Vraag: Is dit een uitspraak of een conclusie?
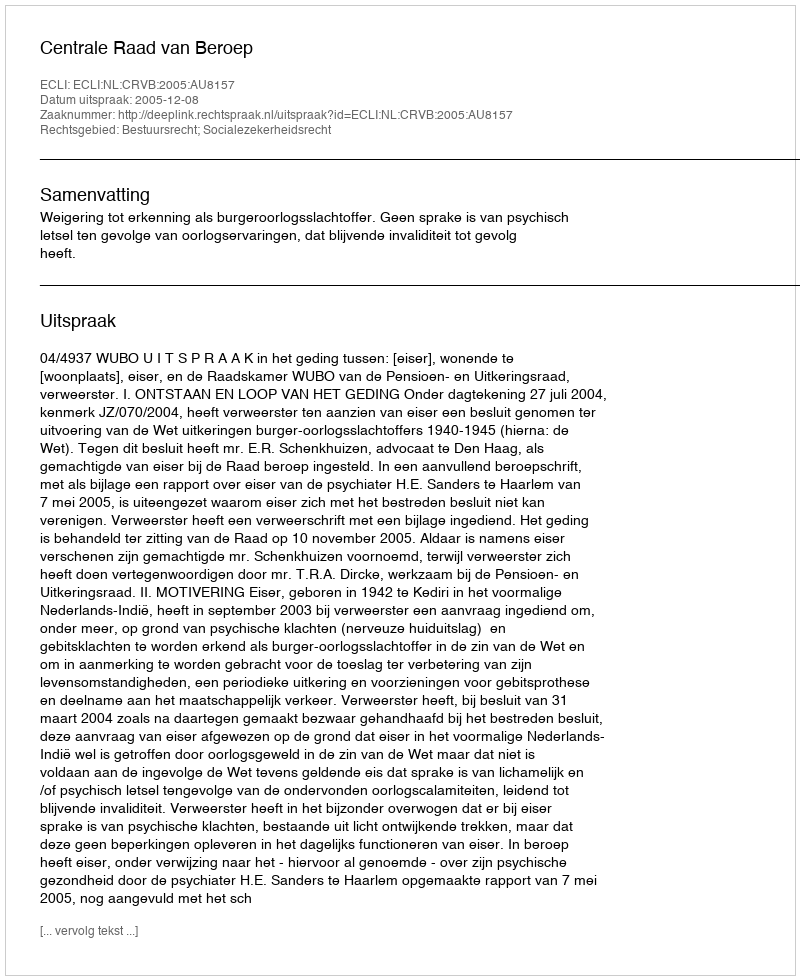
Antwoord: Uitspraak